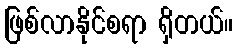
ဖြစ်လာနိုင်စရာ ရှိတယ်။